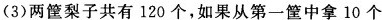
(3)两筐梨子共有120个，如果从第一筐中拿10个